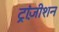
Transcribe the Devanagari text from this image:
ट्रांज़ीशन